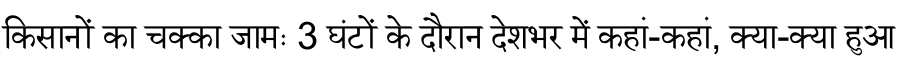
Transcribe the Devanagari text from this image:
किसानों का चक्का जामः 3 घंटों के दौरान देशभर में कहां-कहां, क्या-क्या हुआ